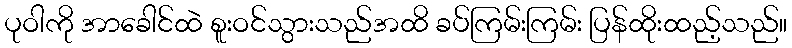
ပုဝါကို အာခေါင်ထဲ စူးဝင်သွားသည်အထိ ခပ်ကြမ်းကြမ်း ပြန်ထိုးထည့်သည်။